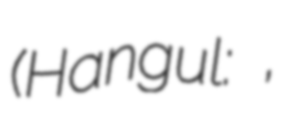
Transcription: (Hangul: 김동성,